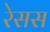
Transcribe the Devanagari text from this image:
रेसस